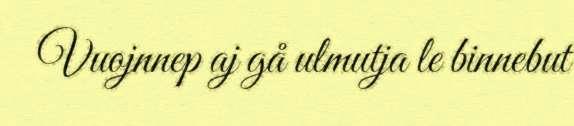
Vuojnnep aj gå ulmutja le binnebut